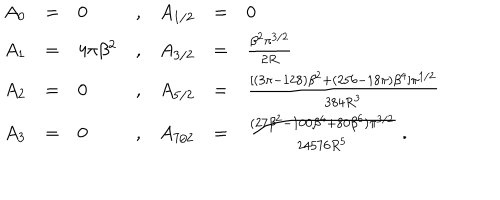
LaTeX: \begin{array} { l c l c c c l } { { A _ { 0 } } } & { { = } } & { { 0 } } & { { , } } & { { A _ { 1 / 2 } } } & { { = } } & { { 0 \nonumber } } \\ { { A _ { 1 } } } & { { = } } & { { 4 \pi \beta ^ { 2 } } } & { { , } } & { { A _ { 3 / 2 } } } & { { = } } & { { \frac { \beta ^ { 2 } \pi ^ { 3 / 2 } } { 2 R } \nonumber } } \\ { { A _ { 2 } } } & { { = } } & { { 0 } } & { { , } } & { { A _ { 5 / 2 } } } & { { = } } & { { \frac { [ ( 3 \pi - 1 2 8 ) \beta ^ { 2 } + ( 2 5 6 - 1 8 \pi ) \beta ^ { 4 } ] \pi ^ { 1 / 2 } } { 3 8 4 R ^ { 3 } } \nonumber } } \\ { { A _ { 3 } } } & { { = } } & { { 0 } } & { { , } } & { { A _ { 7 / 2 } } } & { { = } } & { { \frac { ( 2 7 \beta ^ { 2 } - 1 0 0 \beta ^ { 4 } + 8 0 \beta ^ { 6 } ) \pi ^ { 3 / 2 } } { 2 4 5 7 6 R ^ { 5 } } \nonumber \ . } } \\ \end{array}